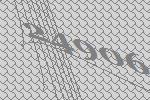
24906